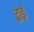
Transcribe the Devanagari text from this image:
द्वई